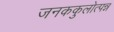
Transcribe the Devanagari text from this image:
जनककुलोत्पन्न